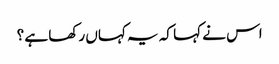
اس نے کہا کہ یہ کہاں رکھا ہے ؟